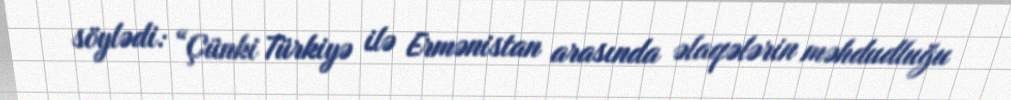
söylədi: “Çünki Türkiyə ilə Ermənistan arasında əlaqələrin məhdudluğu